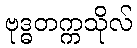
ဗုဒ္ဓတက္ကသိုလ်